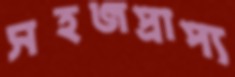
সহজপ্রাপ্য